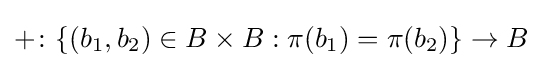
+\colon \{(b_{1},b_{2})\in B\times B:\pi (b_{1})=\pi (b_{2})\}\to B